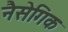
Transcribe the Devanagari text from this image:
नैसेगिक